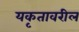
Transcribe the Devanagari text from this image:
यकृतावरील